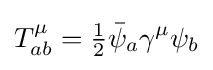
T_{ab}^{\mu }={\tfrac {1}{2}}{\bar {\psi }}_{a}\gamma ^{\mu }\psi _{b}